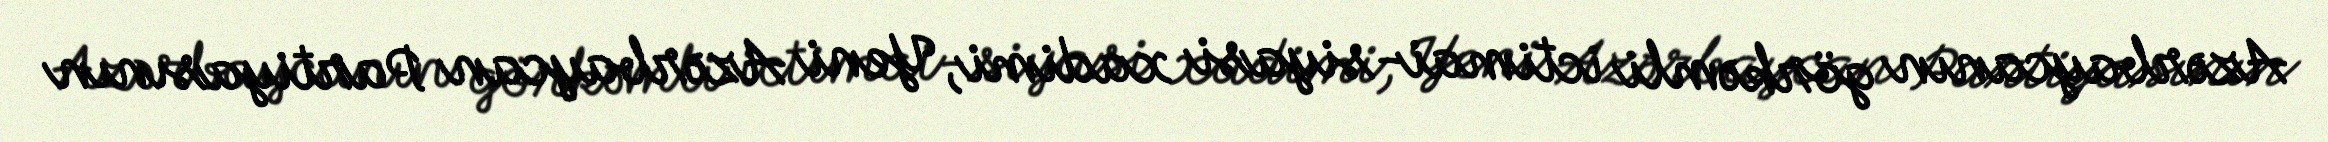
Azərbaycanın görkəmli ictimai-siyasi xadimi, Yeni Azərbaycan Partiyasının